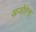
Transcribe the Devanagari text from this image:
अजोरेस